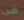
فى